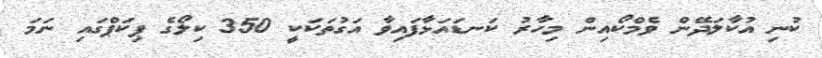
ކުނި އުކާލަދޭން ވެމްކޯއިން މިހާރު ކަނޑައަޅާފައިވާ އަގުތަކަކީ 350 ކިލޯގެ ޕިކަޕްގައި ނަމަ